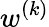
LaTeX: w^{(k)}